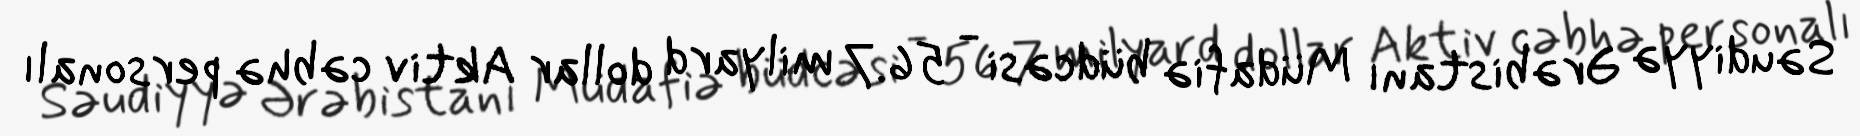
Səudiyyə Ərəbistanı Müdafiə büdcəsi - 56.7 milyard dollar Aktiv cəbhə personalı